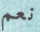
نعم